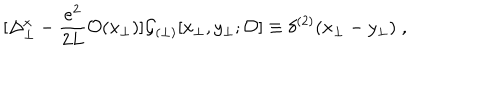
[ \Delta _ { \perp } ^ { x } - \frac { e ^ { 2 } } { 2 L } { \cal O } ( x _ { \perp } ) ] { \cal G } _ { ( \perp ) } [ x _ { \perp } , y _ { \perp } ; { \cal O } ] \equiv \delta ^ { ( 2 ) } ( x _ { \perp } - y _ { \perp } ) \; ,